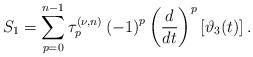
LaTeX: \begin{align*}S_1=\sum\limits_{p=0}^{n-1}\tau _{p}^{(\nu ,n)}\left( -1\right)^{p}\left( \frac{d}{dt}\right) ^{p}\left[ \vartheta _{3}(t)\right].\end{align*}